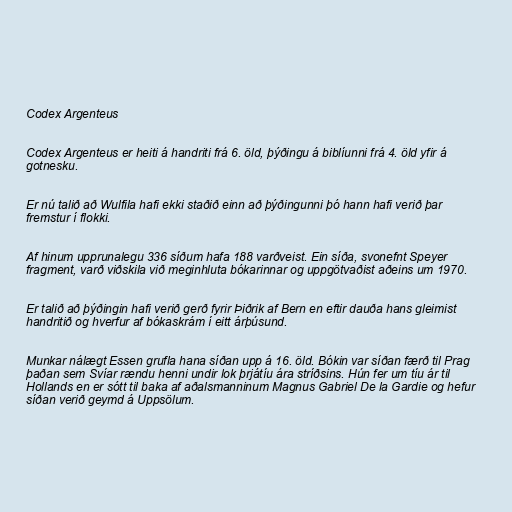
Codex Argenteus

Codex Argenteus er heiti á handriti frá 6. öld, þýðingu á biblíunni frá 4. öld yfir á
gotnesku.

Er nú talið að Wulfila hafi ekki staðið einn að þýðingunni þó hann hafi verið þar
fremstur í flokki.

Af hinum upprunalegu 336 síðum hafa 188 varðveist. Ein síða, svonefnt Speyer
fragment, varð viðskila við meginhluta bókarinnar og uppgötvaðist aðeins um 1970.

Er talið að þýðingin hafi verið gerð fyrir Þiðrik af Bern en eftir dauða hans gleimist
handritið og hverfur af bókaskrám í eitt árþúsund.

Munkar nálægt Essen grufla hana síðan upp á 16. öld. Bókin var síðan færð til Prag
þaðan sem Svíar rændu henni undir lok þrjátíu ára stríðsins. Hún fer um tíu ár til
Hollands en er sótt til baka af aðalsmanninum Magnus Gabriel De la Gardie og hefur
síðan verið geymd á Uppsölum.